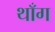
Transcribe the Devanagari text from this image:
थाँग